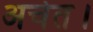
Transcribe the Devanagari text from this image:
अचेत।